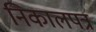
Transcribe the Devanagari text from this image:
निकालपत्र